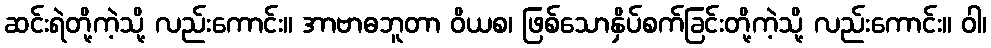
ဆင်းရဲတို့ကဲ့သို့ လည်းကောင်း။ အာဗာဓဘူတာ ဝိယစ၊ ဖြစ်သောနှိပ်စက်ခြင်းတို့ကဲ့သို့ လည်းကောင်း။ ဝါ၊